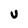
Character: U